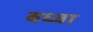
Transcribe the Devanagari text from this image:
बध्वा